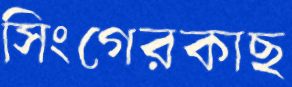
সিংগেরকাছ